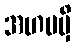
အဟမမှိ